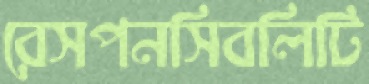
রেসপনসিবলিটি